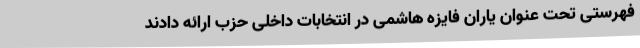
فهرستی تحت عنوان یاران فایزه هاشمی در انتخابات داخلی حزب ارائه دادند